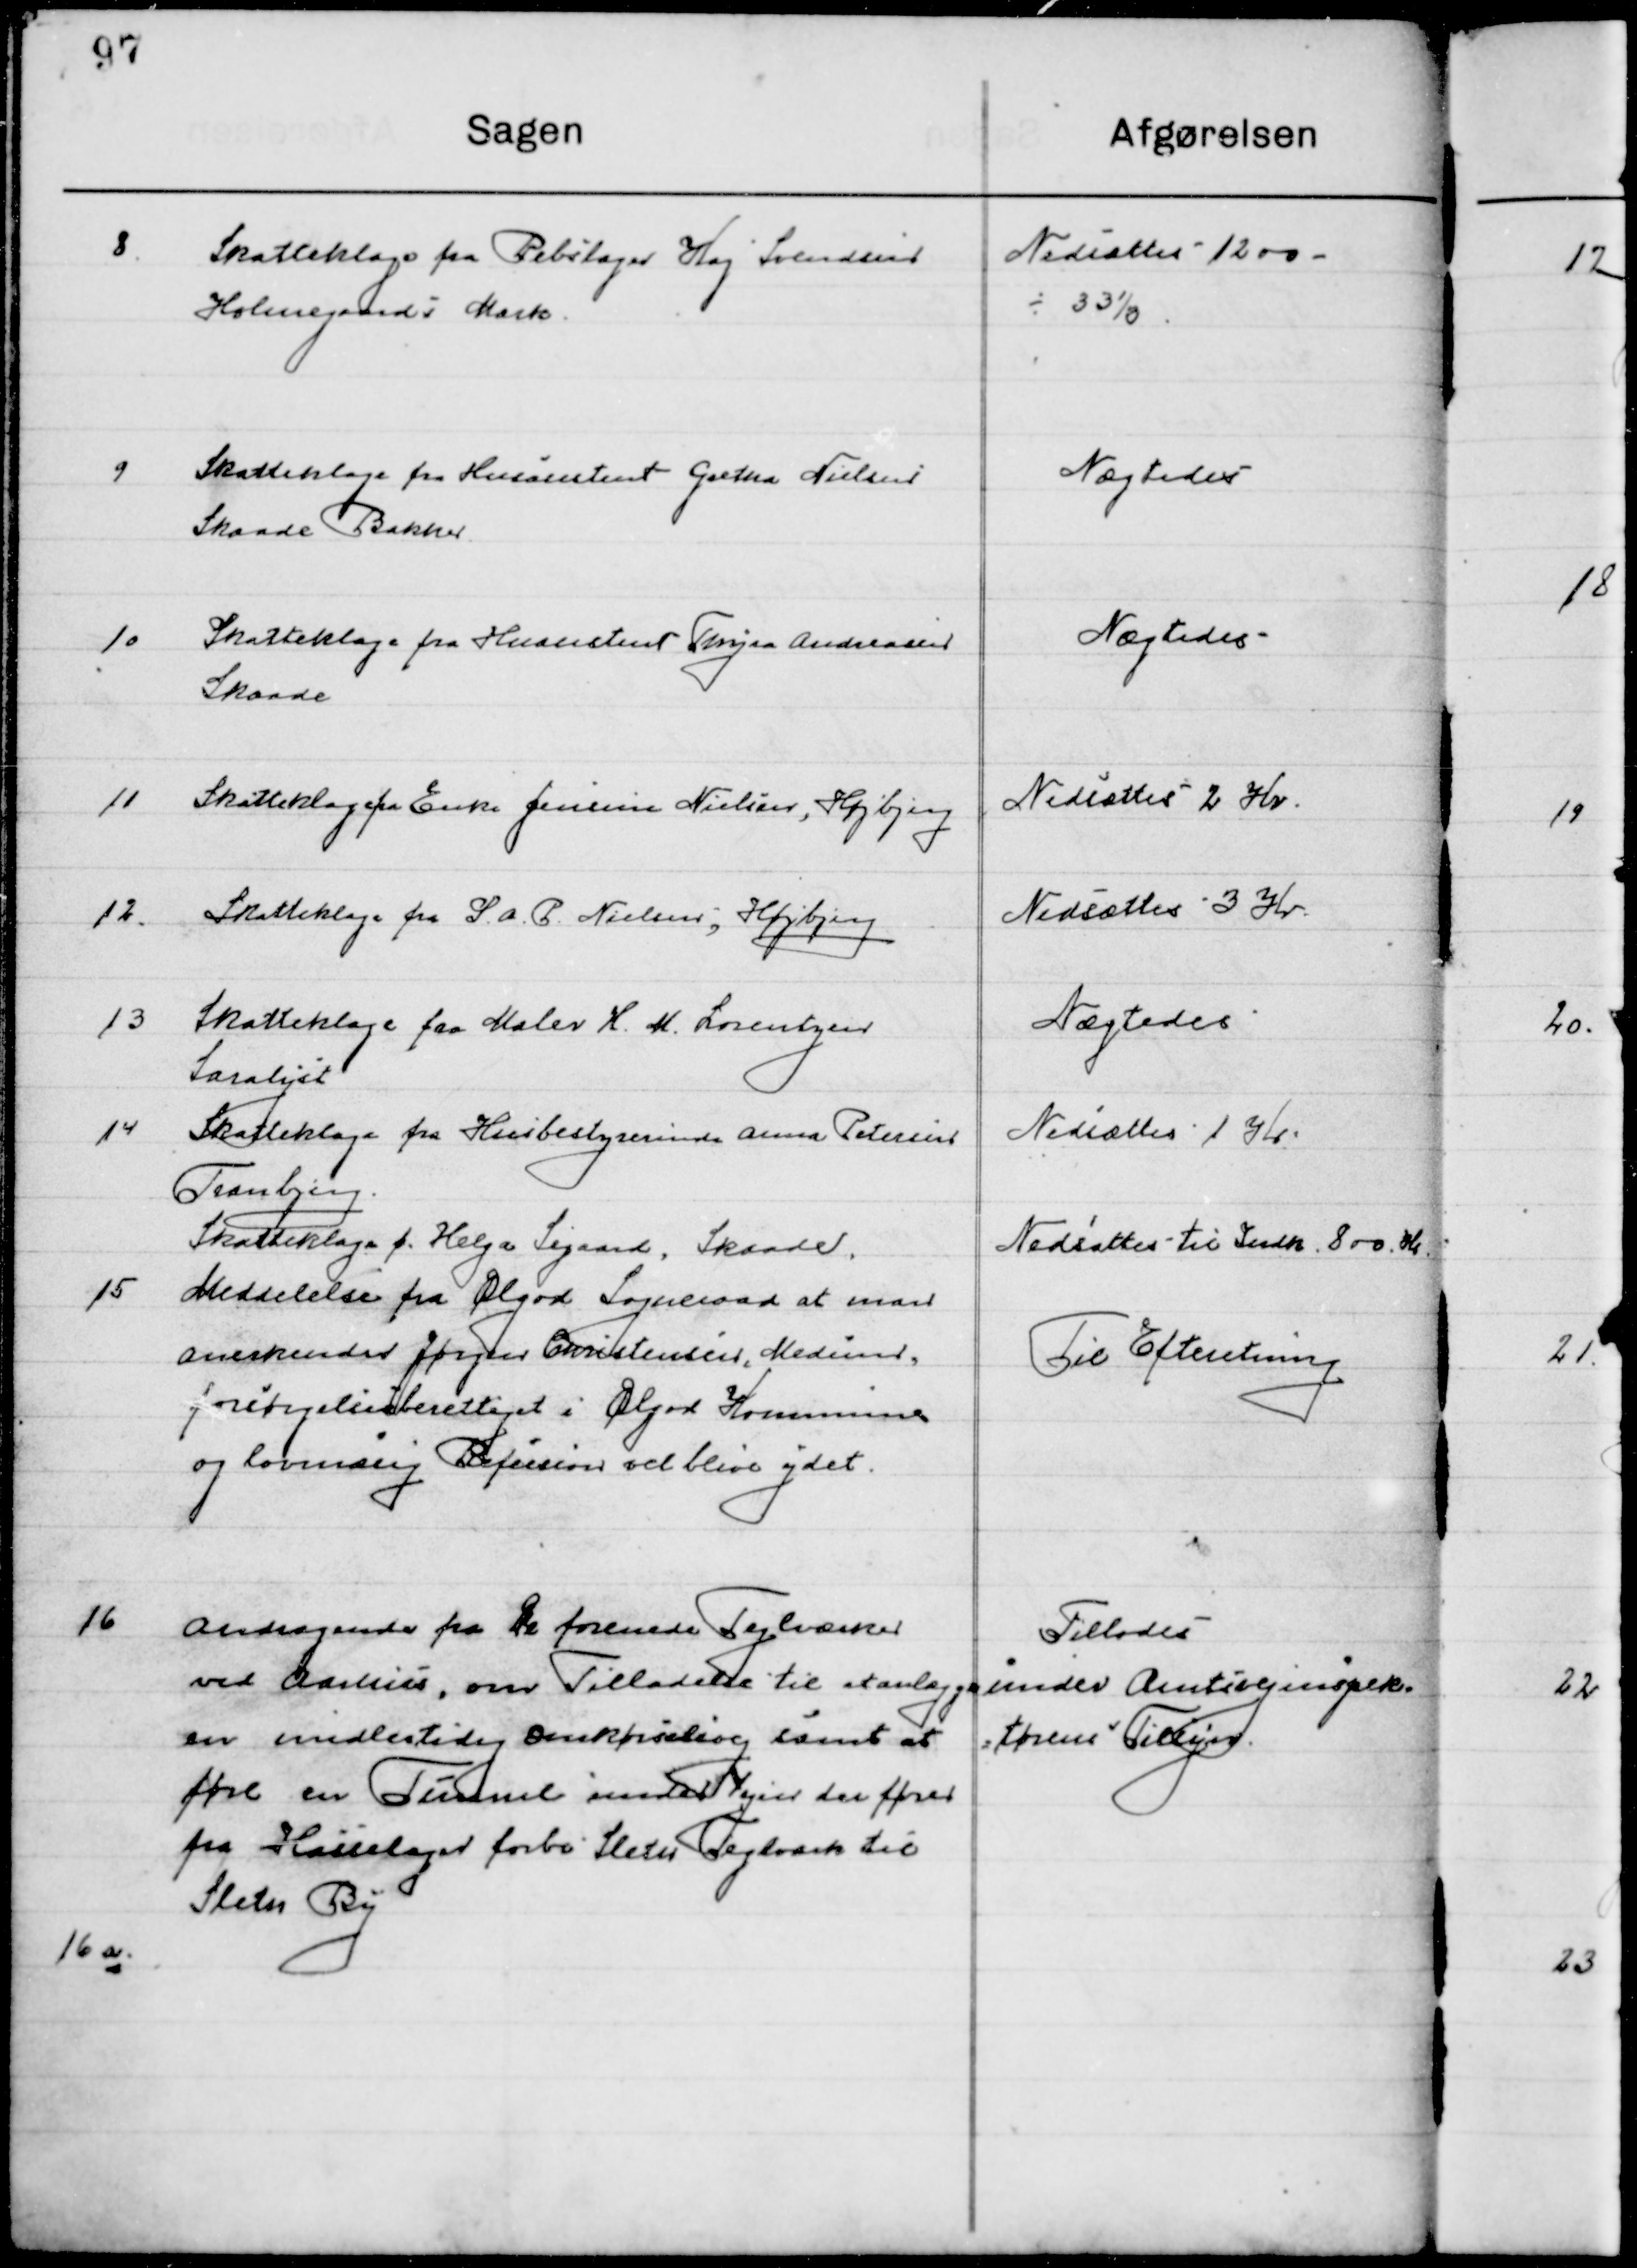
Transskription:
8

Skatteklage fra Rebslager Kaj Sørensen
Holmgaards Mark.

Nedsættes – 1200 
-	33 %

9

Skatteklage fra Husassistent Gretha Nielsen 
Skaade Bakker

Nægtedes

10

Skatteklage fra Husassistent Thyra Andreasen
Skaade

Nægtedes

11

Skatteklage fra Enke Jensine Nielsen, Højbjerg

Nedsættes 2 Kr.

12

Skatteklage fra S. A. P. Nielsen, Højbjerg

Nedsættes 3 Kr.

13

Skatteklage fra Maler H. M. Lorentzen
Saralyst

Nægtedes

14

Skatteklage fra Husbestyrerinde Anna Pedersen
Tranbjerg

Nedsættes 1 Kr.

Skatteklage f. Helga Sigaard, Skaade.

Nedsættes til Indk. 800 Kr.

15

Meddelelse fra Ølgod Sogneraad at man 
Anerkender Jørgen Christensen, Med
Forsørgelsesberettiget i Ølgod Kommune 
og Lovmæssig Refusion vil blive ydet

Til Efterretning

16

Andragende fra De forenede Tegnværker
ved Aarhus, om Tilladelse til anlægge
en midlertidig omkørselsvej samt at
føre en Tunnel under vejen der fører
fra Hasselager forbi Sleter Teglværk til
Sleter By.

Tillodes
Under Amtsinspek-
tørens Tilsyn.

16 a